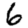
Digit: 6